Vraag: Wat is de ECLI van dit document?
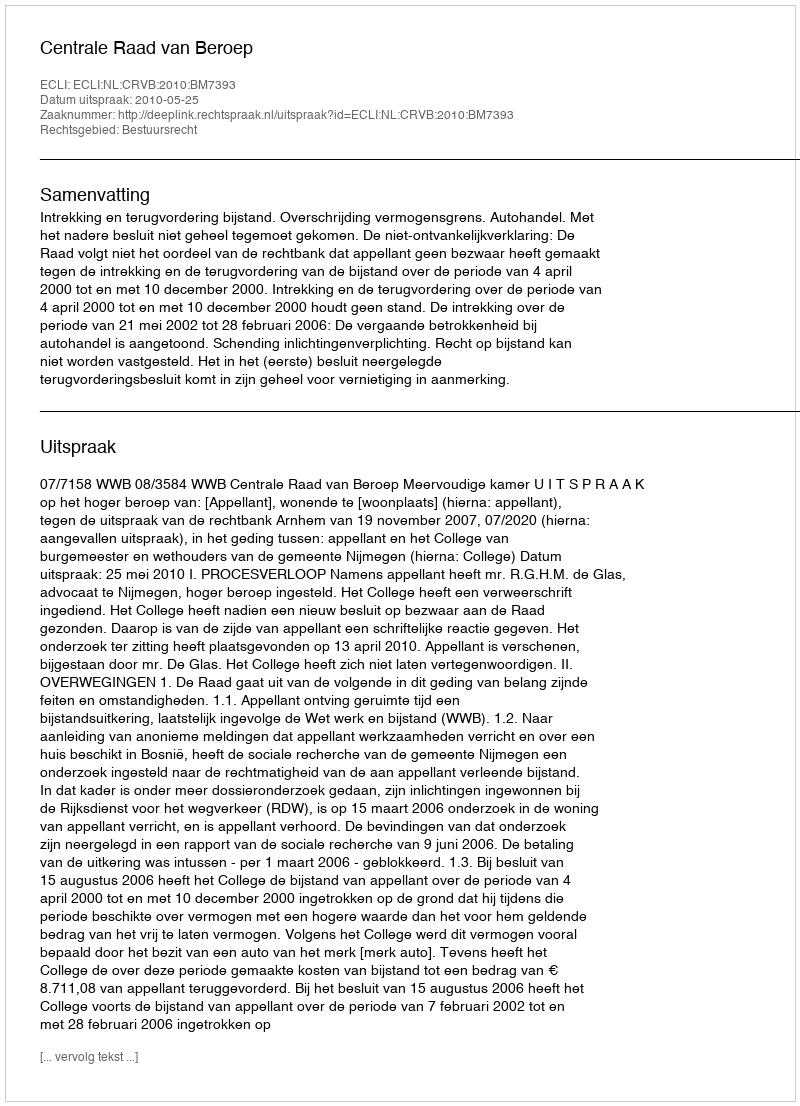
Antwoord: ECLI:NL:CRVB:2010:BM7393